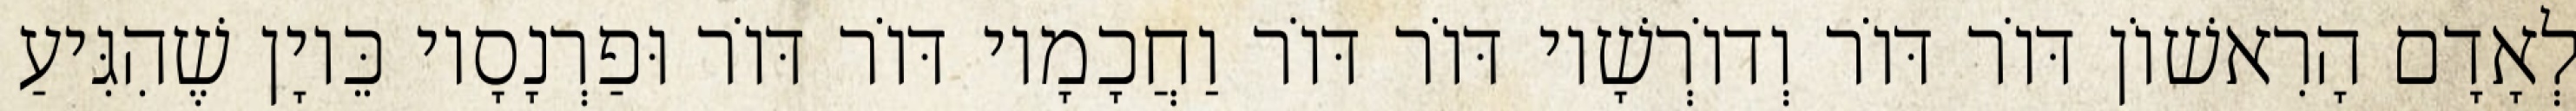
לְאָדָם הָרִאשׁוֹן דּוֹר דּוֹר וְדוֹרְשָׁיו דּוֹר דּוֹר וַחֲכָמָיו דּוֹר דּוֹר וּפַרְנָסָיו כֵּיוָן שֶׁהִגִּיעַ